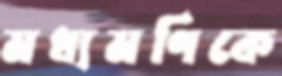
মধ্যমণিকে